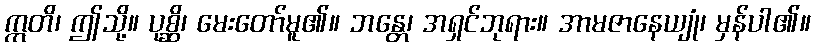
ဣတိ၊ ဤသို့။ ပုစ္ဆိ၊ မေးတော်မူ၏။ ဘန္တေ၊ အရှင်ဘုရား။ အာမဇာနေယျုံ၊ မှန်ပါ၏။